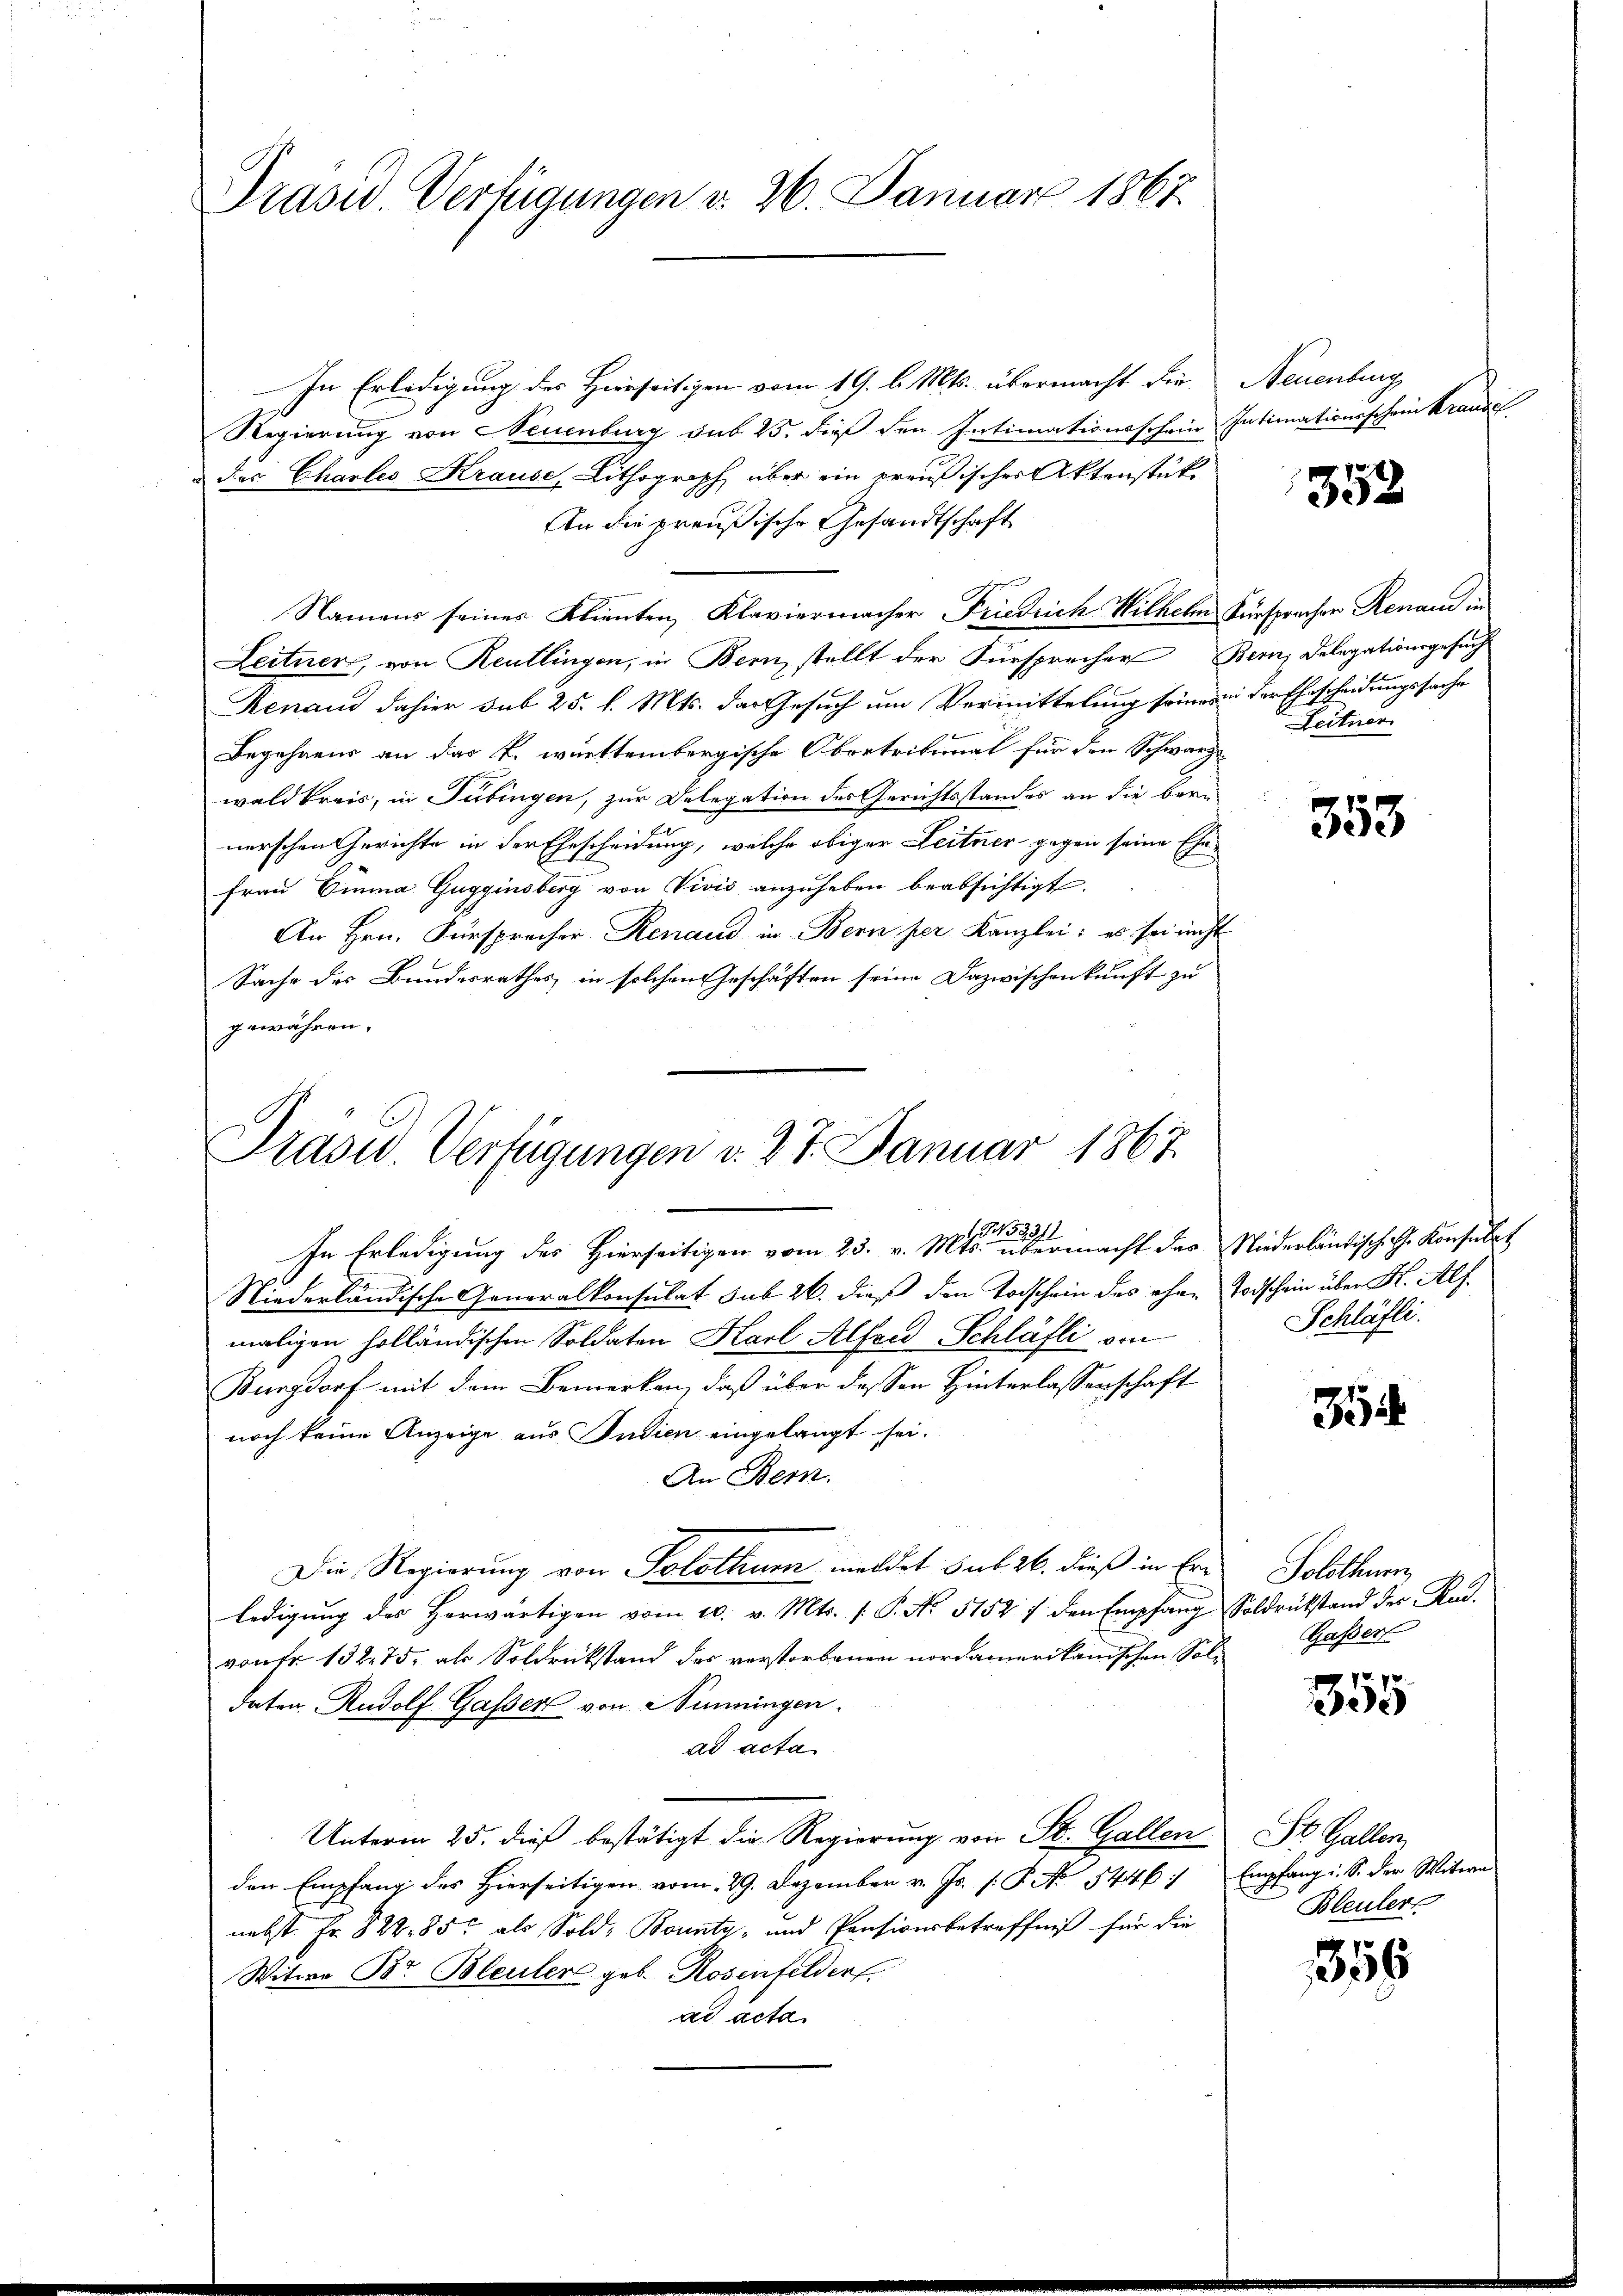
Präsid. Verfügungen d. 26. Januar 1867.

In Erledigung des Hierseitigen vom 19. d. Mts. übermacht die Neuenburg
Regierung von Neuenburg sub 25. dieß den Intimationsschein Intimationsschein Krande
des Chartes Krause, Lithograph über ein preußischer Aktenstücke
An die preußische Gesandtschaft
Namens seines Klienten, Klaviermacher Friedrich Wilhelm Fürsprachen Renau in
Leitner, von Reutlingen, in Bern, stellt der Fürsprecher Bern Delegationsgesucht
Renaud dahier sub 25. l. Mts. das Gesuch um Vermittelung seiner der Ehescheidungssache
Begehrens an das k. württembergische Obertribunal für den Schwarz
wald kreis, in Tübingen, zur Delegation des Gerichtsstandes an die bern
nerschen Gerichte in der Ehescheidung, welche obiger Leitner gegen seine Ehe¬
Frau Emma Gugginsberg von Vivis anzuheben beabsichtigt.
An Hrn. Fürsprocher Renaud in Bern per Kanzlei: es sei nicht
Sache des Bundesrathes, in solchen Geschäften seine Dazwischenkunft zu
gewähren,

Prasw. Verfügungen d. 27. Januar 1867.

In Erledigung des Hierseitigen vom 25. v. Mts. einen ermacht des Niederländisch C. Konsulat
Niederländische Generalkonsulat sub 26. dieß den Todschein des eher Todschein über K. Alf
maligen holländischen Soldaten Karl Alfred Schläfli von
Burgdorf mit dem Bemerken, daß über dessen Hinterlassenschaft
noch keine Anzeige aus Indien eingelangt sei.
An Bern.
Die Regierung von Solothur meldet sub 26. dieß in Erledigung des Herwärtigen vom 10. v. Mts. (: P. No 5152 / den Empfang Soldrükstand der Rad.
von Fr. 132. 75, als Soldrückstand des verstorbenen nordamerikanischen Soldaton Rudolf Gasser von Stimmingen.
ad acta
Unterm 25. dieß bestätigt die Regierung von St. Gallen
den Empfang des Hierseitigen vom 29. Dezember v. Js. s P. No 5446. Empfang i. S. der Witwe
nebst Fr. 822. 857 als Sold, Bounty- und Pensionsbetreffniß für die
Witwe Br. Bleuler geb. Rosenfelder
ad acta

352.

Leitner

353

Schläfli.

354

Solothurn,
Gasser

p
e

St. Gallen,
Bleuler

356